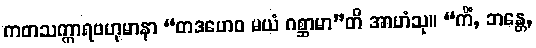
ကတသက္ကာရဗဟုမာနာ “တဒဟေဝ မယံ ဂစ္ဆာမာ”တိ အာဟံသု။ “ကိံ, ဘန္တေ,